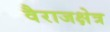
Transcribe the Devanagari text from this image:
वैराजक्षेत्र